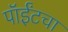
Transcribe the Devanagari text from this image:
पॉईंटचा